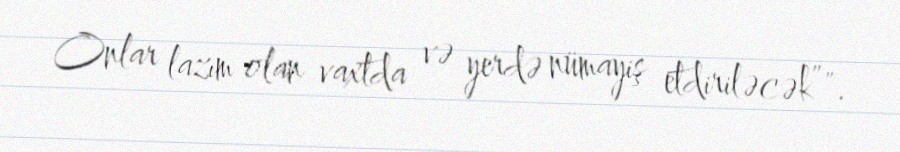
Onlar lazım olan vaxtda və yerdə nümayiş etdiriləcək”".